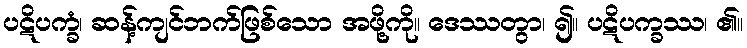
ပဋိပက္ခံ၊ ဆန့်ကျင်ဘက်ဖြစ်သော အဖို့ကို။ ဒေဿတွာ၊ ၍။ ပဋိပက္ခဿ၊ ၏။